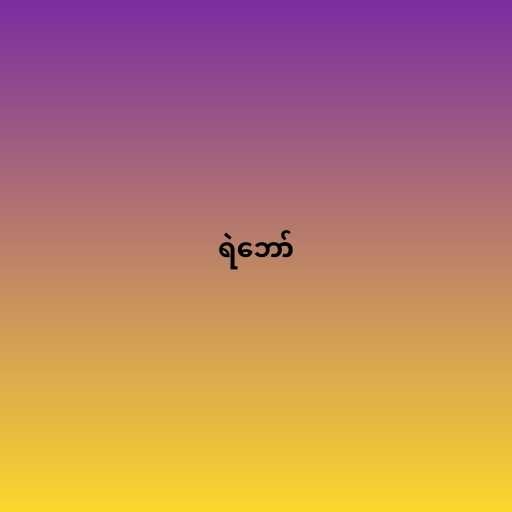
ရဲဘော်